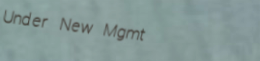
Under New Mgmt